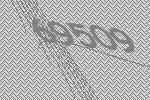
69509